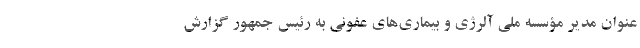
عنوان مدیر مؤسسه ملی آلرژی و بیماری‌های عفونی به رئیس جمهور گزارش